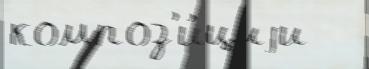
композ'и́циjи